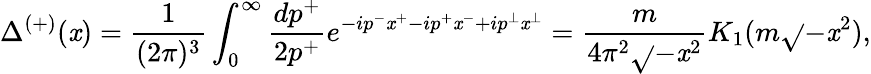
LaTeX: \Delta^{(+)}(\mathit{x})=\frac{{1}}{{(2\pi)^{3}}}\int_{0}^{\infty}\frac{{dp^{+}}}{{2p^{+}}}e^{-ip^{-}\mathit{x}^{+}-ip^{+}\mathit{x}^{-}+ip^{\bot}\mathit{x}^{\bot}}=\frac{{m}}{{4\pi^{2}\sqrt{}{{-\mathit{x}^{2}}}}}K_{1}(m\sqrt{}{{-\mathit{x}^{2}}}),